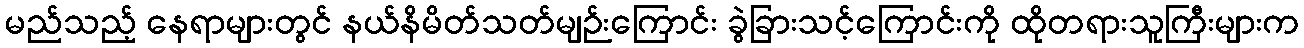
မည်သည့် နေရာများတွင် နယ်နိမိတ်သတ်မျဉ်းကြောင်း ခွဲခြားသင့်ကြောင်းကို ထိုတရားသူကြီးများက